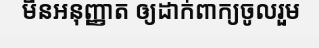
មិនអនុញ្ញាត ឲ្យដាក់ពាក្យចូលរួម